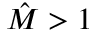
\hat { M } > 1